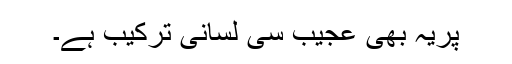
پریہ بھی عجیب سی لسانی ترکیب ہے۔